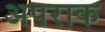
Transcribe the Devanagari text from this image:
अपराक